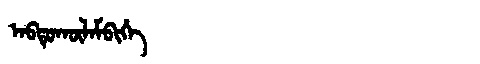
Manchu: ᠠᠪᡨᡠᡴᡡᠯᠠᠮᠪᡳᡥᡝ
Romanization: ABTUKŪLAMBIHE